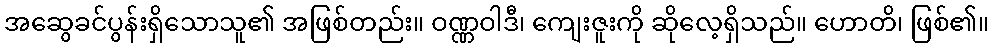
အဆွေခင်ပွန်းရှိသောသူ၏ အဖြစ်တည်း။ ဝဏ္ဏဝါဒီ၊ ကျေးဇူးကို ဆိုလေ့ရှိသည်။ ဟောတိ၊ ဖြစ်၏။